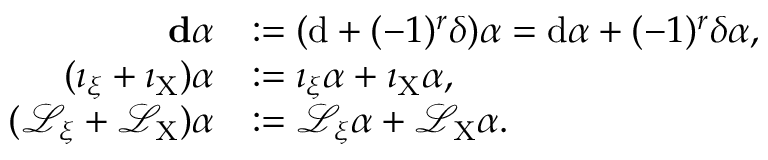
\begin{array} { r l } { \mathbf { d } \alpha } & { : = ( \mathrm { d } + ( - 1 ) ^ { r } \delta ) \alpha = \mathrm { d } \alpha + ( - 1 ) ^ { r } \delta \alpha , } \\ { ( \imath _ { \xi } + \imath _ { \mathrm { X } } ) \alpha } & { : = \imath _ { \xi } \alpha + \imath _ { \mathrm { X } } \alpha , } \\ { ( \mathcal { L } _ { \xi } + \mathcal { L } _ { \mathrm { X } } ) \alpha } & { : = \mathcal { L } _ { \xi } \alpha + \mathcal { L } _ { \mathrm { X } } \alpha . } \end{array}